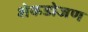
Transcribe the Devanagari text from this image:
शेकडोजण